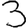
Digit: 3